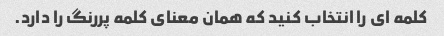
کلمه ای را انتخاب کنید که همان معنای کلمه پررنگ را دارد.